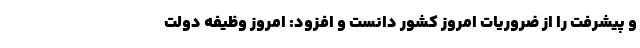
و پیشرفت را از ضروریات امروز کشور دانست و افزود: امروز وظیفه دولت